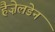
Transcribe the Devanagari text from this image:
हैज़ेलडेन